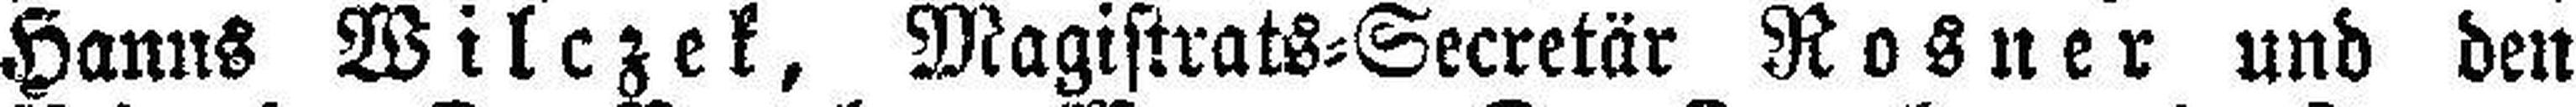
Hanns Wilczek, Magistrats=Secretär Rosner und den